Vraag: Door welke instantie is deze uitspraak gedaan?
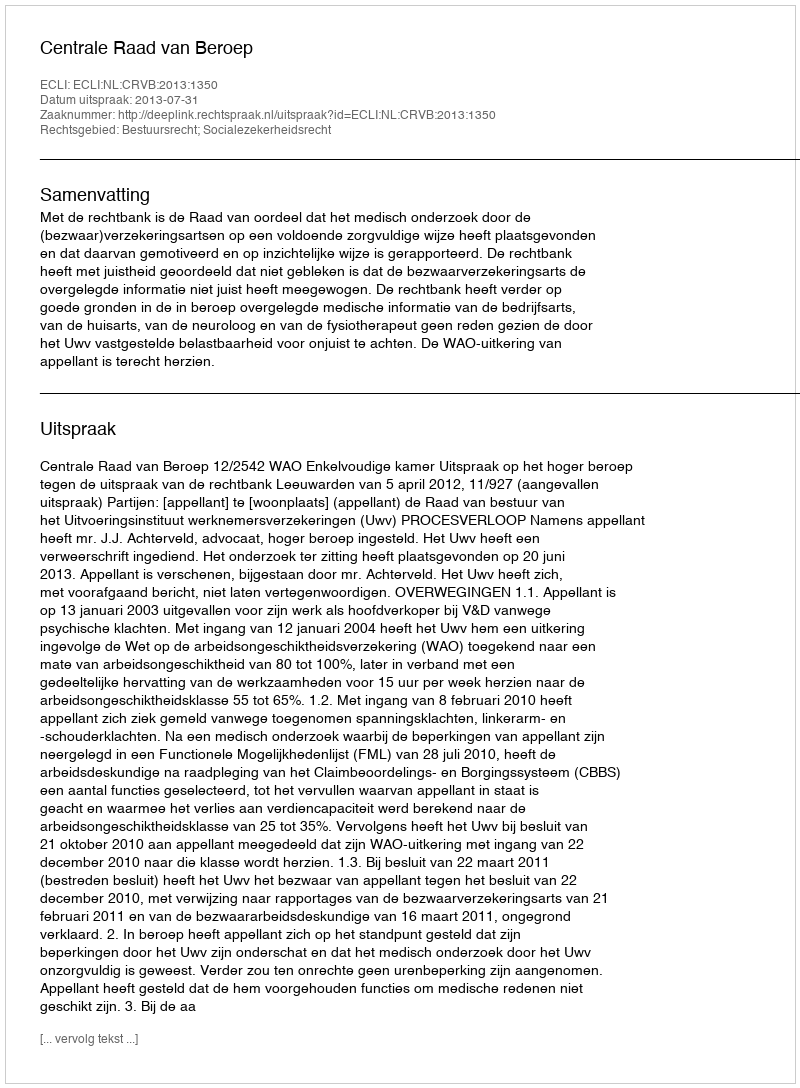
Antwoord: Centrale Raad van Beroep